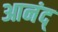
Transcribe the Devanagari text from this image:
आनंद्